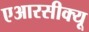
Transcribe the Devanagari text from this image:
एआरसीक्यू